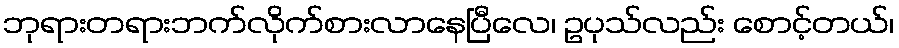
ဘုရားတရားဘက်လိုက်စားလာနေပြီလေ၊ ဥပုသ်လည်း စောင့်တယ်၊